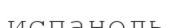
испаноль